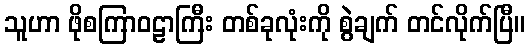
သူဟာ ဖိုစကြာဝဠာကြီး တစ်ခုလုံးကို စွဲချက် တင်လိုက်ပြီ။